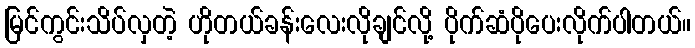
မြင်ကွင်းသိပ်လှတဲ့ ဟိုတယ်ခန်းလေးလိုချင်လို့ ပိုက်ဆံပိုပေးလိုက်ပါတယ်။